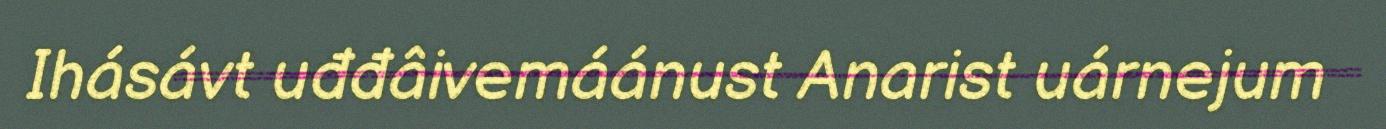
Ihásávt uđđâivemáánust Anarist uárnejum